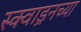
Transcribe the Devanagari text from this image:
स्क्वाड्रनच्या